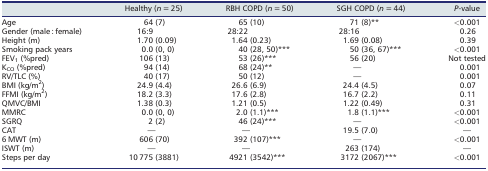
|  | Healthy (n = 25) | RBH COPD (n = 50) | SGH COPD (n = 44) | P‐value |
 | --- | --- | --- | --- | --- |
 | Age | 64 (7) | 65 (10) | 71 (8)** | <0.001 |
 | Gender (male : female) | 16:9 | 28:22 | 28:16 | 0.26 |
 | Height (m) | 1.70 (0.09) | 1.64 (0.23) | 1.69 (0.08) | 0.39 |
 | Smoking pack years | 0.0 (0, 0) | 40 (28, 50)*** | 50 (36, 67)*** | <0.001 |
 | FEV1 (%pred) | 106 (13) | 53 (26)*** | 56 (20) | Not tested |
 | KCO (%pred) | 94 (14) | 68 (24)** | — | 0.001 |
 | RV/TLC (%) | 40 (17) | 50 (12) | — | 0.001 |
 | BMI (kg/m2) | 24.9 (4.4) | 26.6 (6.9) | 24.4 (4.5) | 0.07 |
 | FFMI (kg/m2) | 18.2 (3.3) | 17.6 (2.8) | 16.7 (2.2) | 0.11 |
 | QMVC/BMI | 1.38 (0.3) | 1.21 (0.5) | 1.22 (0.49) | 0.31 |
 | MMRC | 0.0 (0, 0) | 2.0 (1.1)*** | 1.8 (1.1)*** | <0.001 |
 | SGRQ | 2 (2) | 46 (24)*** | — | <0.001 |
 | CAT | — | — | 19.5 (7.0) | — |
 | 6 MWT (m) | 606 (70) | 392 (107)*** | — | <0.001 |
 | ISWT (m) | — | — | 263 (174) | — |
 | Steps per day | 10 775 (3881) | 4921 (3542)*** | 3172 (2067)*** | <0.001 |